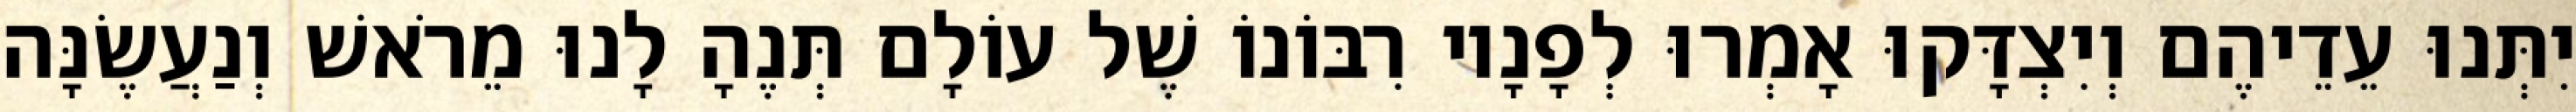
יִתְּנוּ עֵדֵיהֶם וְיִצְדָּקוּ אָמְרוּ לְפָנָיו רִבּוֹנוֹ שֶׁל עוֹלָם תְּנֶהָ לָנוּ מֵרֹאשׁ וְנַעֲשֶׂנָּה